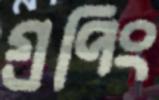
গ্রপিং